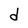
Character: d